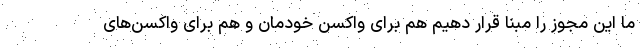
ما این مجوز را مبنا قرار دهیم هم برای واکسن خودمان و هم برای واکسن‌های